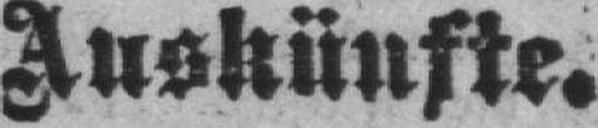
Auskünfte.